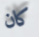
كان